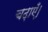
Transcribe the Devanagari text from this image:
चढ़ाएँ।